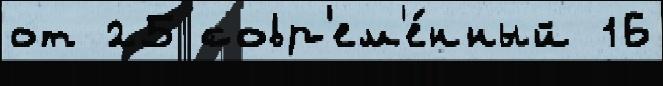
от 25 совр'ем'е́нный 16